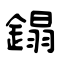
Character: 鎉